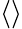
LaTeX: \left\langle{}\right\rangle